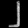
Digit: ၂